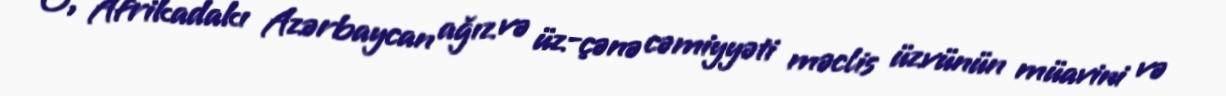
O, Afrikadakı Azərbaycan ağız və üz-çənə cəmiyyəti məclis üzvünün müavini və